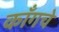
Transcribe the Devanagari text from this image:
काँगचे